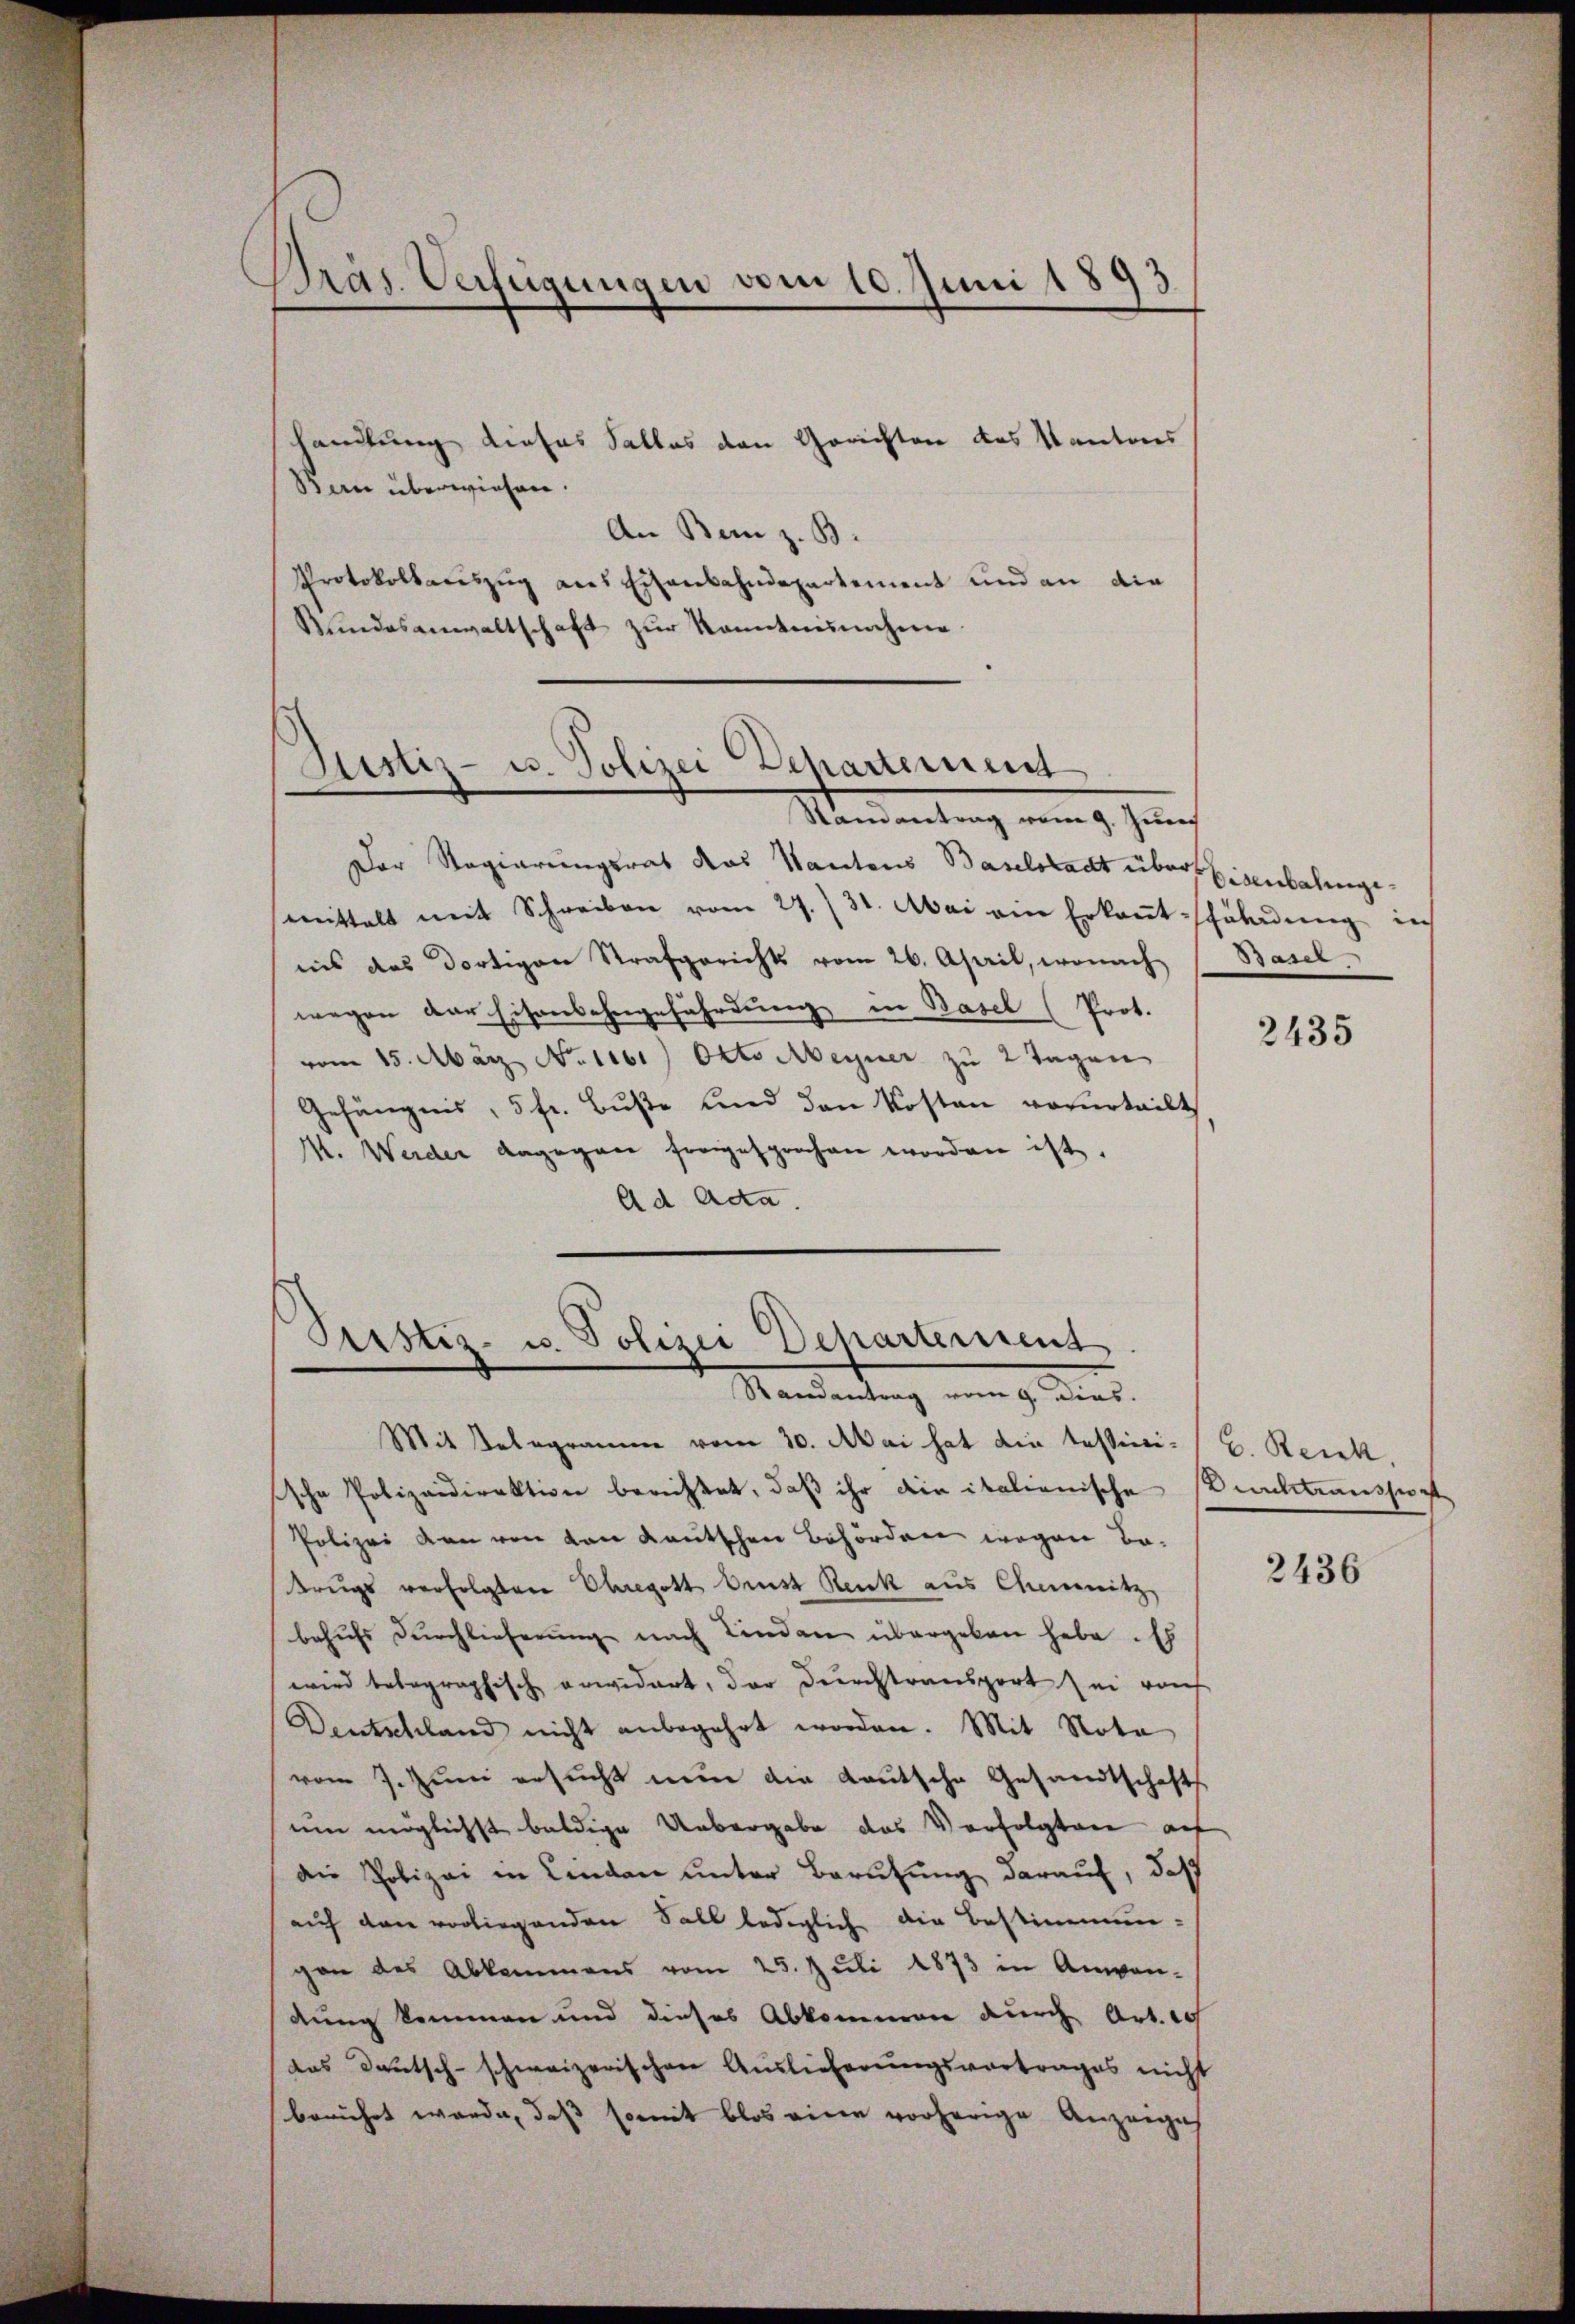
Präs. Verfügungen vom 10. Juni 1893

handlung dieses Falles den Gerichten des Kantons
Ban überwiesen.
An Bem z. B.
Protokollauszug aus Eisenbahndepartement und an die
Bŭndesanwaltschaft zŭr Kenntnisnahme

Sistiz- u. Polizei-Departemen
Mandantrag vom 9. Juni

Der Regierungsrat das Kantons Baselstadt über Eisenbahngemittelt mit Schreiben vom 27. 31. Mai ein Erkanntschäladung in
iis das dortigen Strafgerichts vom 26. April, wonach
wegen der Eisenbahngefährdung in Basel (Prot.
vom 15. März No. 1161) Okto Meiner zu 2 Tagen
Gefängnis, 5 fr. Buße und den Kosten verurteilt
M. Weider dagegen freigesprochen worden ist.
Ad Ada.

Pustiz- u. Polizei Departement
Randantrag vom 9. Dies.

Mit Telegramm vom 30. Mai hat die testini- / C. Reck.
sche Polizeidirektion berichtet, daß ihr die italienische Punktransport
Polizei den von von Kautschen Behörden wegen Be-
Krugs verfolgten Ohregott brust Reuk aus Chemnitz,
behufs Durchlieferung nach Lindame übergeben habe. Es
wird belegraphische erwidert, der Durchtransport sei nach
Deutschland nicht anbegehrt worden. Mit Nota
vom 7. Jŭni ersŭcht nun die Lautsche Gesandtschafts
um möglichst baldige Uebergabe das Verfolgten auf
die Polizei in Linden unter Berufung darauf, daß
auf den vorliegenden Soll lediglich die Bestimmun-
gen des Abkommens vom 25. Juli 1873 in Anwen-
dung kommen und dieses Abkommen durch Art. ich
das Deutsch-schweizerischen Auslieferungsvortrages nicht
berührt werde, daß somit blos eine vorherige Anzeiges

Basel

2435

2436